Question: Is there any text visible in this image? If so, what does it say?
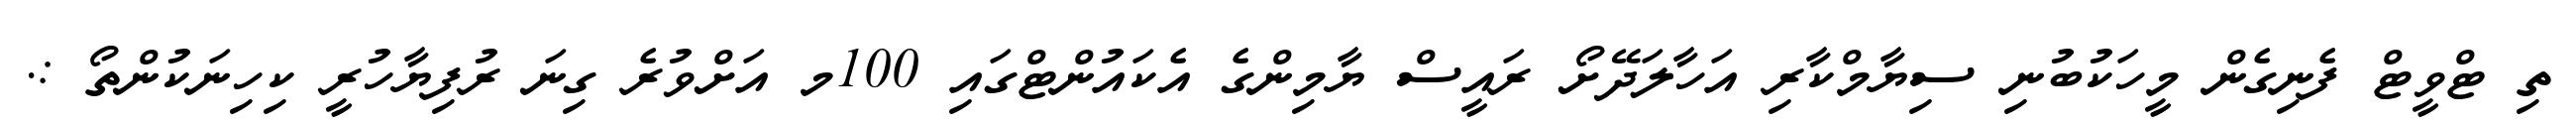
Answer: ތި ޓްވީޓް ފެނިގެން މީހަކުބުނި ސިޔާމްކާރި އަހާލަދޭށޯ ރައީސް ޔާމިންގެ އެކައުންޓްގައި 100މ އަށްވުރެ ގިނަ ރުފިޔާހުރީ ކިހިނަކުންތޯ :.